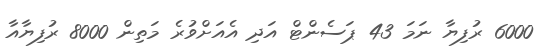
6000 ރުފިޔާ ނަމަ 43 ޕަސެންޓް އަދި އެއަށްވުރެ މަތިން 8000 ރުފިޔާއާ